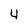
Character: 4